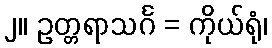
၂။ ဥတ္တရာသင်္ဂ = ကိုယ်ရုံ၊